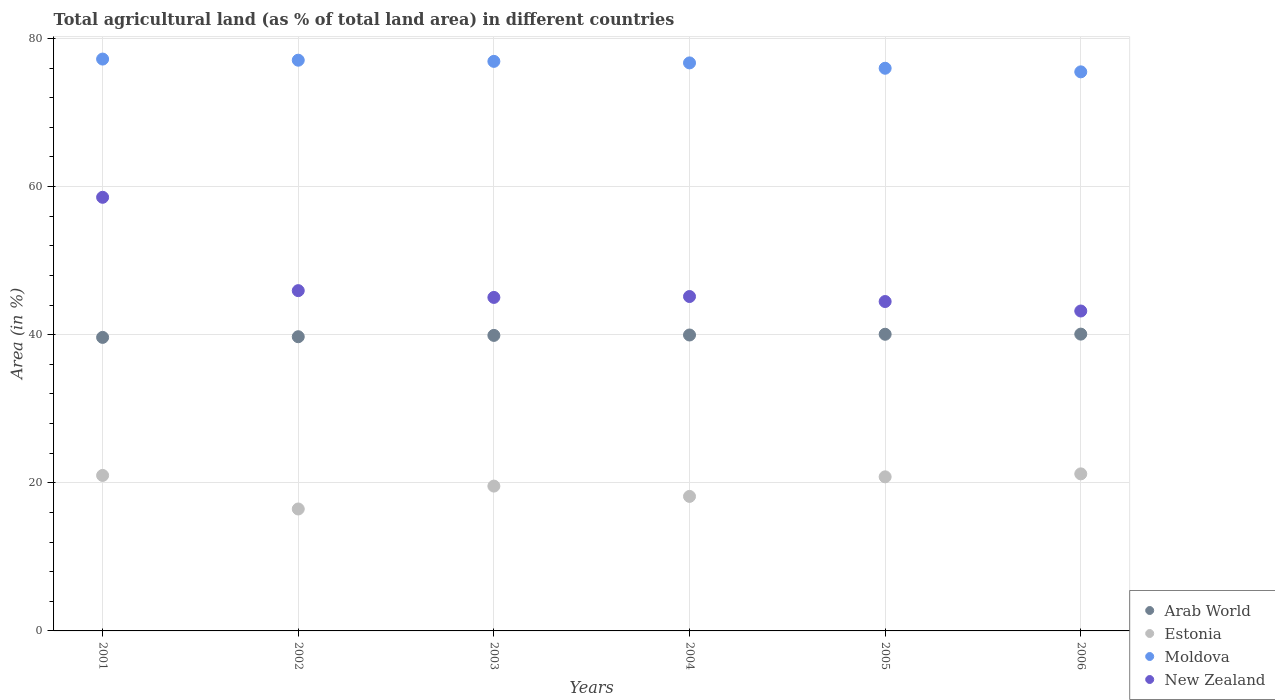
| Years | Arab World | Estonia | Moldova | New Zealand |
 | --- | --- | --- | --- | --- |
 | 2001 | 39.6 | 21 | 77.2 | 58.6 |
 | 2002 | 39.7 | 16.5 | 77.1 | 45.9 |
 | 2003 | 39.9 | 19.6 | 76.9 | 45 |
 | 2004 | 40 | 18.2 | 76.7 | 45.2 |
 | 2005 | 40.1 | 20.8 | 76 | 44.5 |
 | 2006 | 40.1 | 21.2 | 75.5 | 43.2 |